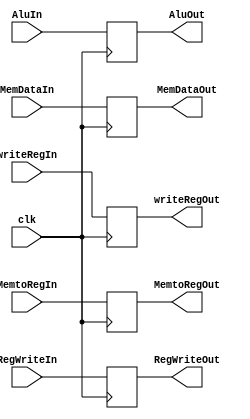
module MEMWB(MemtoRegOut, RegWriteOut,
AluOut,
MemDataOut,
writeRegOut,

MemtoRegIn, RegWriteIn,
clk,
AluIn,
MemDataIn,
writeRegIn

);

output reg MemtoRegOut, RegWriteOut;
output reg [31:0] AluOut, MemDataOut;
output reg [4:0] writeRegOut;

input MemtoRegIn, RegWriteIn, clk;
input [31:0] AluIn, MemDataIn;
input [4:0] writeRegIn;

always @ (posedge clk)
begin
	
	MemtoRegOut <= MemtoRegIn;
	RegWriteOut <= RegWriteIn;
	AluOut <= AluIn;
	MemDataOut <= MemDataIn;
	writeRegOut <= writeRegIn;
	
end


endmodule